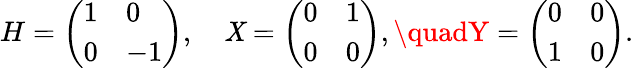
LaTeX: H={\left(\begin{array}{ll}{1}&{0}\\ {0}&{-1}\end{array}\right)},\quad\mathit{X}={\left(\begin{array}{ll}{0}&{1}\\ {0}&{0}\end{array}\right)},\quadY={\left(\begin{array}{ll}{0}&{0}\\ {1}&{0}\end{array}\right)}.